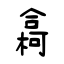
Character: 樖